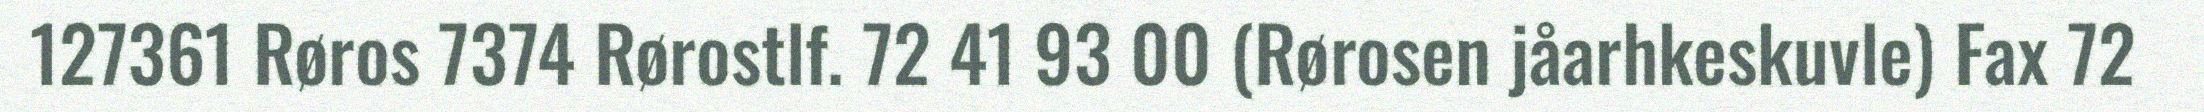
127361 Røros 7374 Rørostlf. 72 41 93 00 (Rørosen jåarhkeskuvle) Fax 72